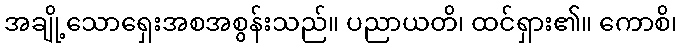
အချို့သောရှေးအစအစွန်းသည်။ ပညာယတိ၊ ထင်ရှား၏။ ကောစိ၊